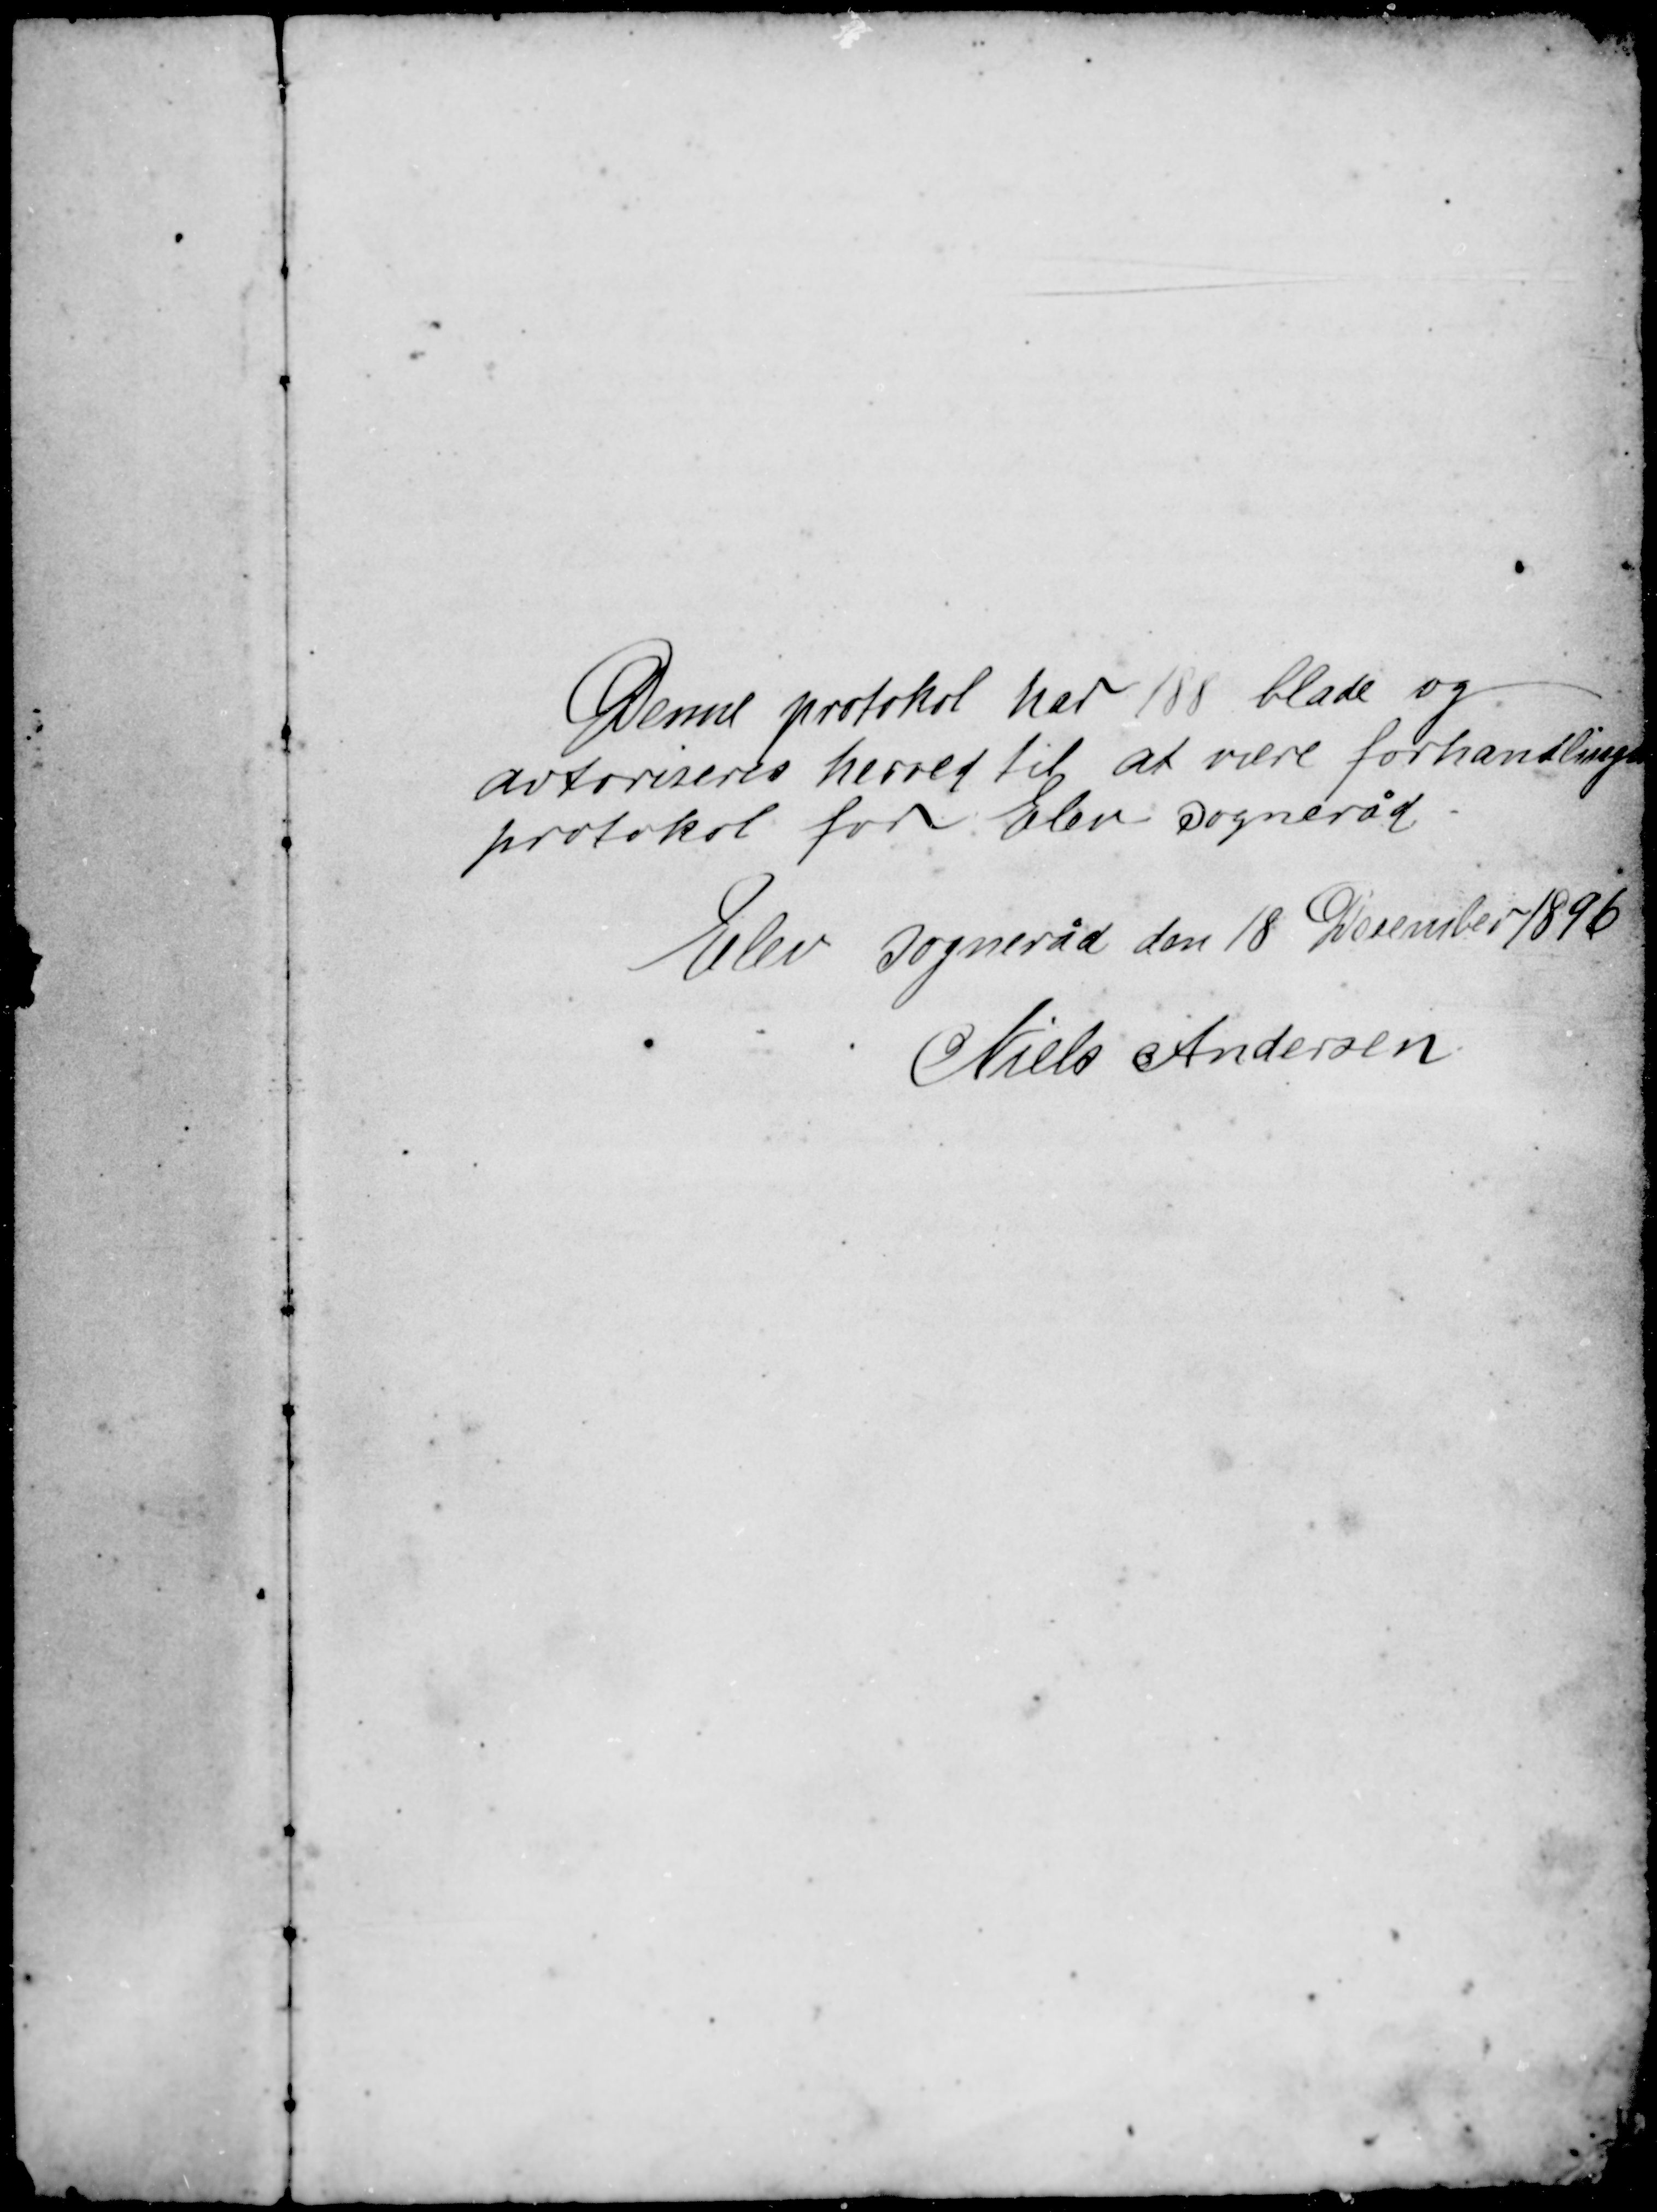
Transskription:
Denne protokol har 188 blade og
avtoriseres herved til at være forhandlings-
protokol for Elev Sogneråd
Elev Sogneråd den 18 December 1896
Niels Andersen